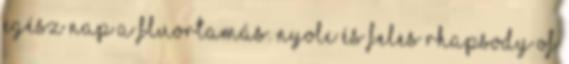
egész nap a fluortamás. nyolc és feles Rhapsody Of